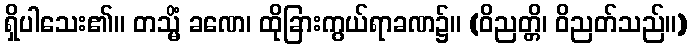
ရှိပါသေး၏။ တသ္မိံ ခဏေ၊ ထိုခြားကွယ်ရာခဏ၌။ (ဝိညတ္တိ၊ ဝိညတ်သည်။)